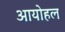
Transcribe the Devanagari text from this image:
आयोहल